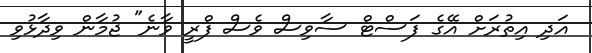
އަދި އިތުރަށް އޭގެ ފަސްޓް ސާވިސް ވެސް ފްރީ ވާނެ" ޖުމާން ވިދާޅުވި